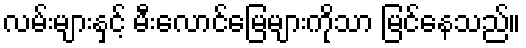
လမ်းများနှင့် မီးလောင်မြေများကိုသာ မြင်နေသည်။